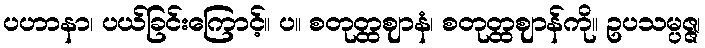
ပဟာနာ၊ ပယ်ခြင်းကြောင့်။ ပ။ စတုတ္ထဈာနံ၊ စတုတ္ထဈာန်ကို။ ဥပသမ္ပဇ္ဇ၊